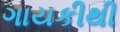
ગાયકીથી